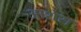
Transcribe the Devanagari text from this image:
आशेरा